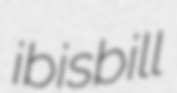
ibisbill